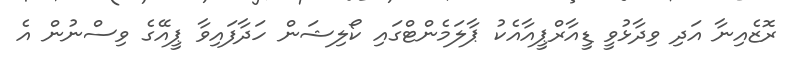
ރޮޒެއިނާ އަދި ވިދާޅުވީ ޑީއާރްޕީއާއެކު ޕާލަމެންޓްގައި ކޯލިޝަން ހަދާފައިވާ ޕީއޭގެ ވިސްނުން އެ